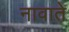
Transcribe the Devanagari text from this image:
नावाते